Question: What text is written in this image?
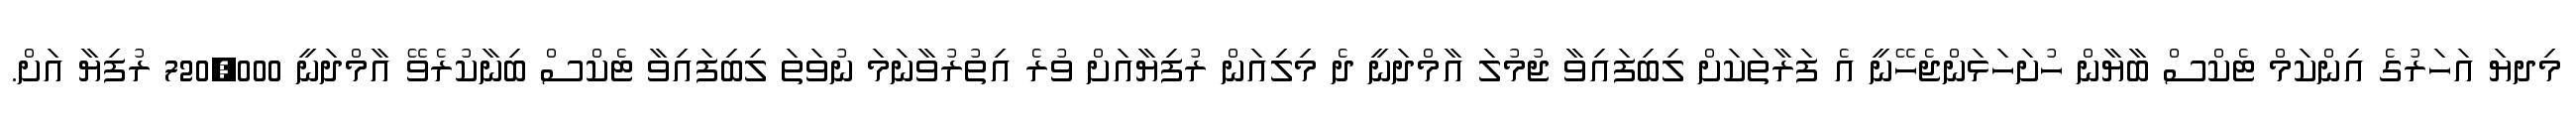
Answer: މިދޔަ އަހަރުގެ އިންކަމް ޓެކްސް ބާޔާން ހުށަހަޅަންޖެހޭނީ އެ ފަރާތަކަށް ލިބިފައިވާ ޖުމުލަ އާމްދަނީ ދެ މިލިއަން ރުފިޔާއަށް ވުރެ އިތުރުވާނަމަ ނުވަތަ ލިބިފައިވާ ޓެކްސް ބިނާކުރެވޭ އާމްދަނީ 720,000 ރުފިޔާ އަށް.